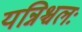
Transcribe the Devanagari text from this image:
यन्निश्चलः